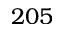
2 0 5